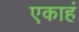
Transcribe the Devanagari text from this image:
एकाहं